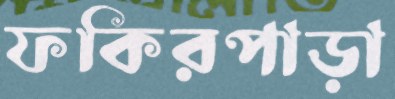
ফকিরপাড়া